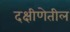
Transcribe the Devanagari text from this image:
दक्षीणेतील